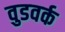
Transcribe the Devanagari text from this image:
वुडवर्क